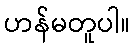
ဟန်မတူပါ။